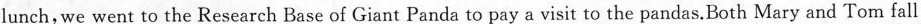
lunch,we went to the Research Base of Giant Panda to pay a visit to the pandas.Both Mary and Tom fall